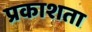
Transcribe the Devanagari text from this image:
प्रकाशता